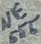
Text: NE555